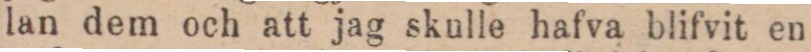
lan dem och att jag skulle hafva blifvit en